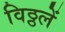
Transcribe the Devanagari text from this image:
विठ्ठलें